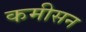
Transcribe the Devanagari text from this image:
कमीसन